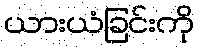
ယားယံခြင်းကို